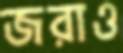
জরাও